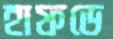
হাফডে